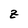
Character: Z